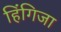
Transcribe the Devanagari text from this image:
हिंगिजा